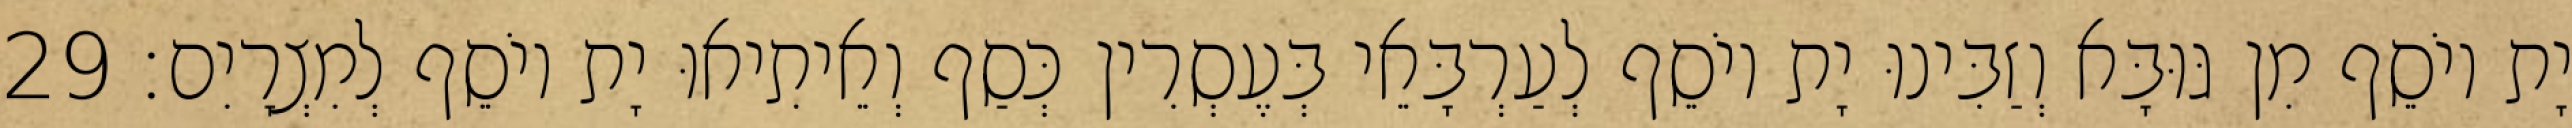
יָת יוֹסֵף מִן גּוּבָּא וְזַבִּינוּ יָת יוֹסֵף לְעַרְבָּאֵי בְּעֶסְרִין כְּסַף וְאֵיתִיאוּ יָת יוֹסֵף לְמִצְרָיִם׃ 29